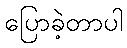
ပြောခဲ့တာပါ